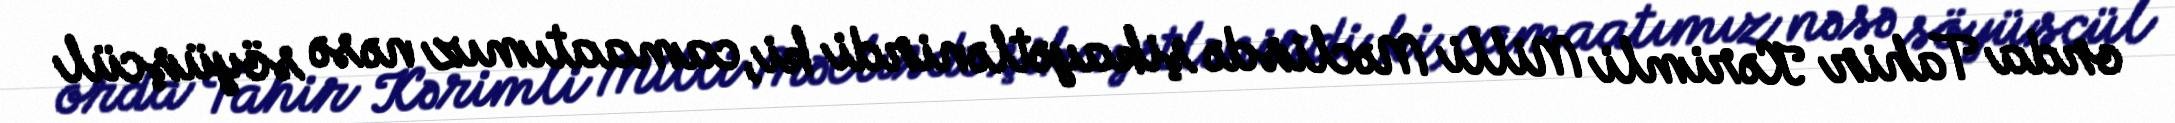
orda Tahir Kərimli Milli Məclisdə şikayətlənirdi ki, camaatımız nəsə söyüşcül